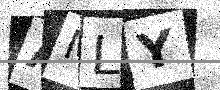
Text: AMLY